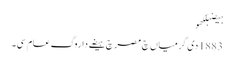
ہیضہلکھو
1883 دی گرمیاں چ مصر چ ہیضے دا روگ عام سی۔